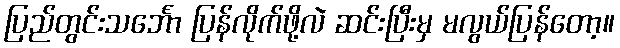
ပြည်တွင်းသင်္ဘော ပြန်လိုက်ဖို့လဲ ဆင်းပြီးမှ မလွယ်ပြန်တော့။